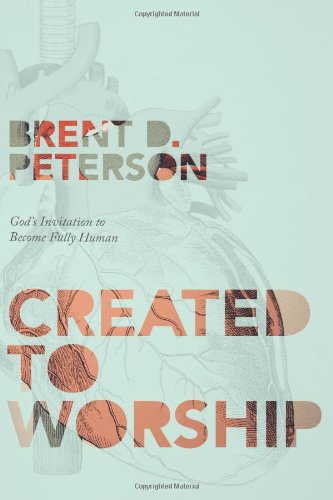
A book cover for Created to Worship: God's Invitation to Become Fully Human; Brent D. Peterson; Christian Books & Bibles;